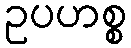
ဥပဟစ္စ